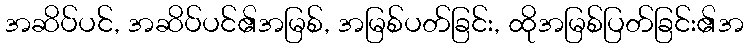
အဆိပ်ပင်, အဆိပ်ပင်၏အမြစ်, အမြစ်ပတ်ခြင်း, ထိုအမြစ်ပြတ်ခြင်း၏အ